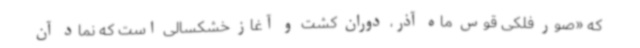
که «صور فلکی قوس ماه آذر، دوران کشت و آغاز خشکسالی است که نماد آن